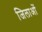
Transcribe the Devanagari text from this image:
जिलाओं